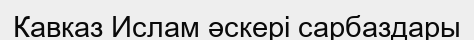
Кавказ Ислам әскері сарбаздары